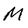
Character: M